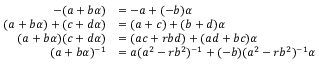
{ \begin{array} { r l } { - ( a + b \alpha ) } & { = - a + ( - b ) \alpha } \\ { ( a + b \alpha ) + ( c + d \alpha ) } & { = ( a + c ) + ( b + d ) \alpha } \\ { ( a + b \alpha ) ( c + d \alpha ) } & { = ( a c + r b d ) + ( a d + b c ) \alpha } \\ { ( a + b \alpha ) ^ { - 1 } } & { = a ( a ^ { 2 } - r b ^ { 2 } ) ^ { - 1 } + ( - b ) ( a ^ { 2 } - r b ^ { 2 } ) ^ { - 1 } \alpha } \end{array} }